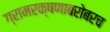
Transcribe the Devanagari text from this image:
ग्रामरक्षणाबरोबरच